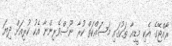
ރާއްޖޭގެ އެކި މީޑިއާ ތަކުގައި މަސައްކަތް ކުރާ ނޫސްވެރިންނާ އެކު ކުރިއަށް ދިޔަ